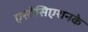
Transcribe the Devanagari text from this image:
एसोसिएशनके